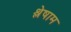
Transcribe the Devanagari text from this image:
श्लेषाम